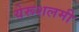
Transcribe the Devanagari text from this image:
येरूशलमी